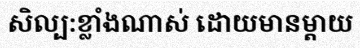
សិល្ប:ខ្លាំងណាស់ ដោយមានម្តាយ